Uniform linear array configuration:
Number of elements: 24
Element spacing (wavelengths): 0.25
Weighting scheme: kaiser
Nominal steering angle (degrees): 45
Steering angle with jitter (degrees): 45.219
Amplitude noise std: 0.05
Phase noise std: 0.05

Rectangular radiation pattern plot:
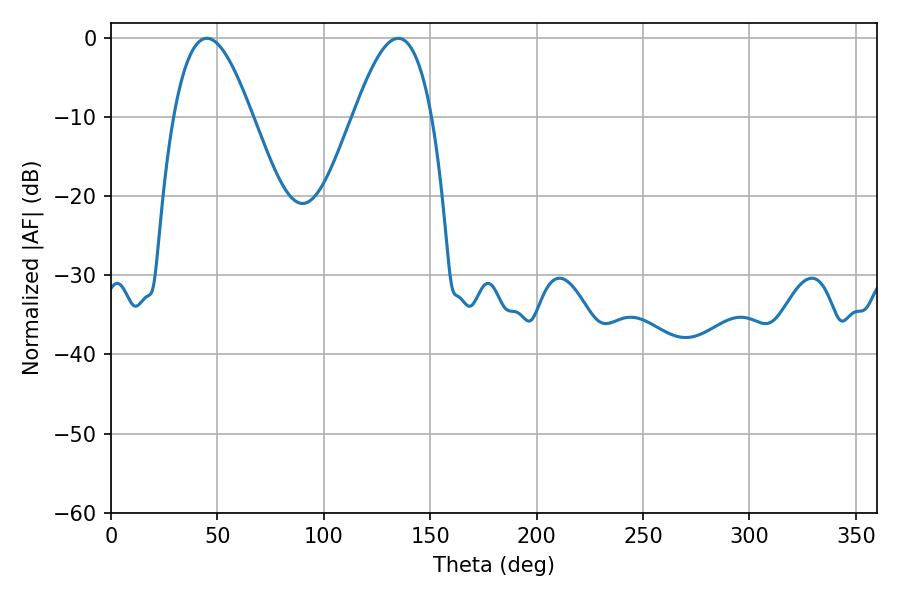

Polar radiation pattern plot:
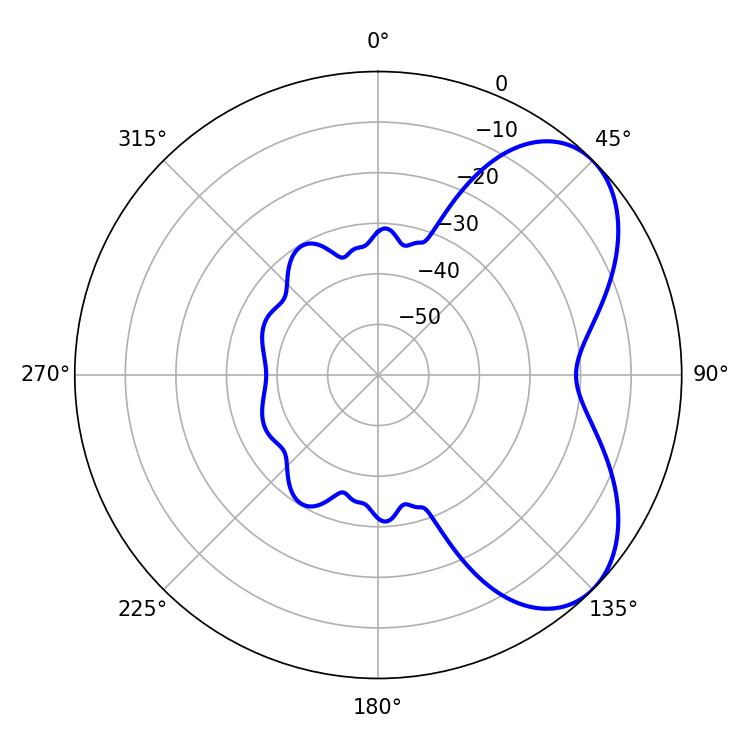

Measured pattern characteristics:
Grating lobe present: FALSE
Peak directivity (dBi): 5.586
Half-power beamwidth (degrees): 19.98
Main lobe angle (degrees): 45